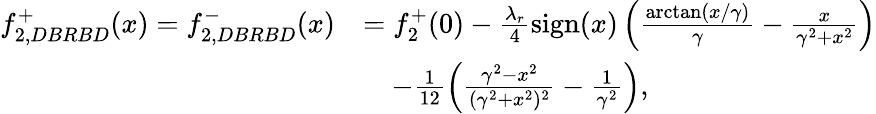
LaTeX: \begin{array}{rl}{f_{2,DBRBD}^{+}(x)=f_{2,DBRBD}^{-}(x)}&{=f_{2}^{+}(0)-\frac{\lambda_{r}}{4}\textnormal{sign}(x)\left(\frac{\arctan(x/\gamma)}{\gamma}-\frac{x}{\gamma^{2}+x^{2}}\right)}\\ &{\quad-\frac{1}{12}\left(\frac{\gamma^{2}-x^{2}}{(\gamma^{2}+x^{2})^{2}}-\frac{1}{\gamma^{2}}\right),}\end{array}